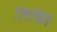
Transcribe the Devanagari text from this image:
लिखिइ